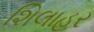
શિલાહર